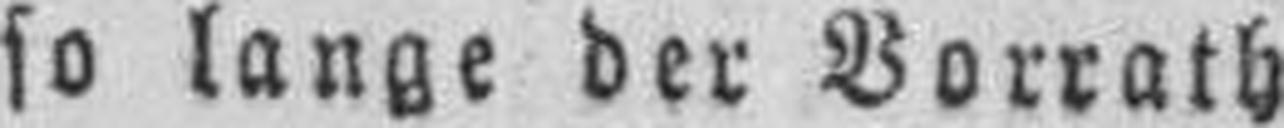
so lange der Vorrath